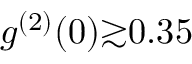
g ^ { ( 2 ) } ( 0 ) { \gtrsim } 0 . 3 5